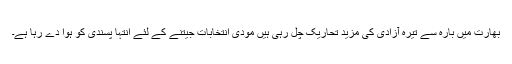
بھارت میں بارہ سے تیرہ آزادی کی مزید تحاریک چل رہی ہیں مودی انتخابات جیتنے کے لئے انتہا پسندی کو ہوا دے رہا ہے۔